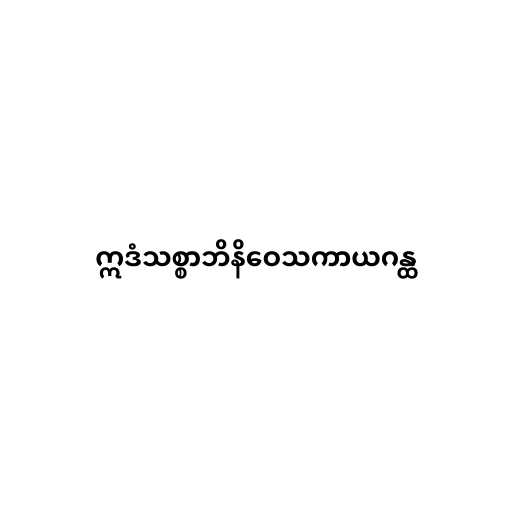
ဣဒံသစ္စာဘိနိဝေသကာယဂန္ထ